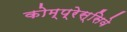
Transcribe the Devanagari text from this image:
कोम्प्रेस्सिवे